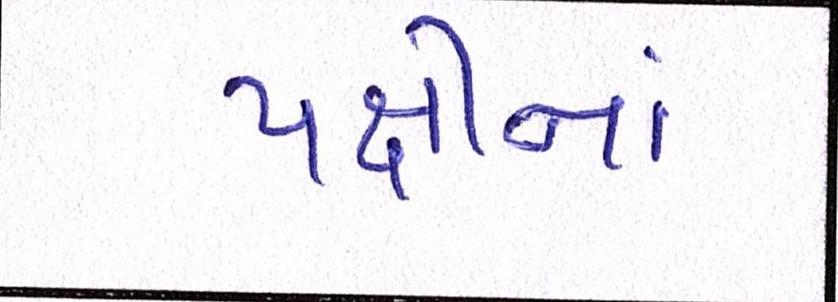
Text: પક્ષીનાં